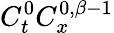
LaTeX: C_{t}^{0}C_{x}^{0,\beta-1}